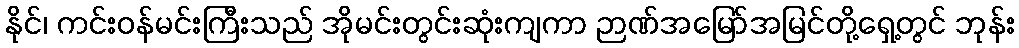
နိုင်၊ ကင်းဝန်မင်းကြီးသည် အိုမင်းတွင်းဆုံးကျကာ ဉာဏ်အမြော်အမြင်တို့ရှေ့တွင် ဘုန်း